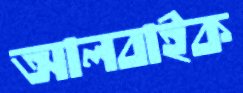
আলবাইক